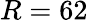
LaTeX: R=62